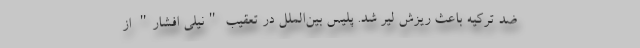
ضد ترکیه باعث ریزش لیر شد. پلیس بین‌الملل در تعقیب "نیلی افشار" از